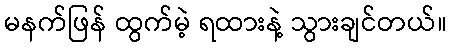
မနက်ဖြန် ထွက်မဲ့ ရထားနဲ့ သွားချင်တယ်။